画像に写った文字を読んでください
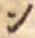
「ン」と書いてあります